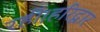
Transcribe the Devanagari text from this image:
रही।हरिद्वार